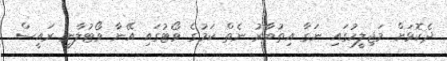
ދެކޮޅަށް މަޖިލީހުގައި ނަގާ އިތުބާރު ނެތް ކަމުގެ ވޯޓުގައި އޭނާ ވޯޓުލާނީ ރައީސް